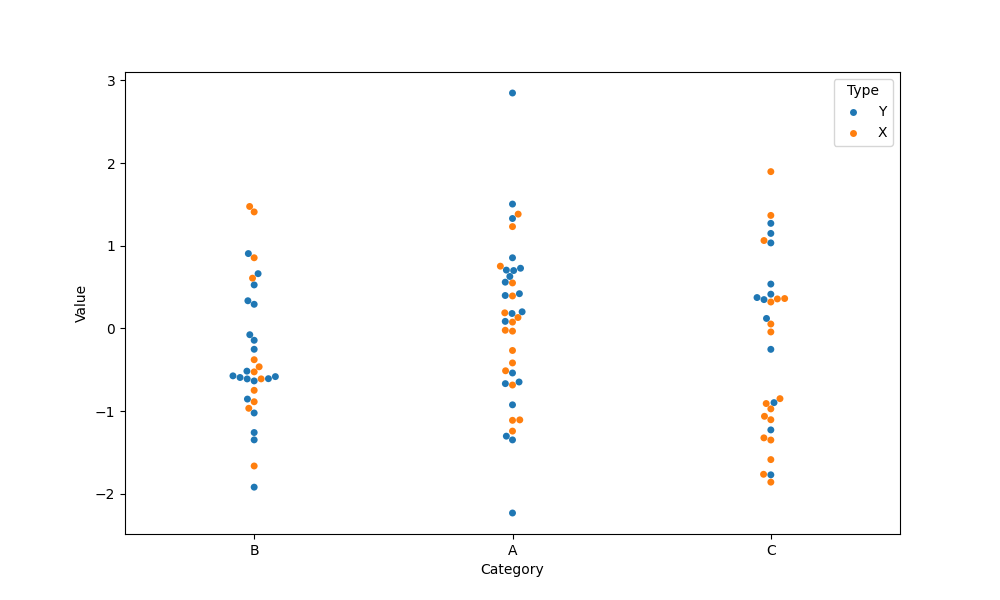
python, seaborn, swarmplot, dodge=False, alpha=1.0, size=5